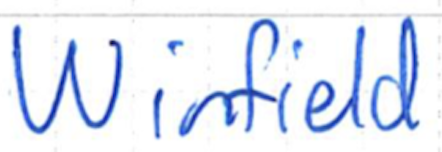
Text: Winfield
Cross-out: clean
Writing tool: ballpoint